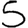
Digit: 5